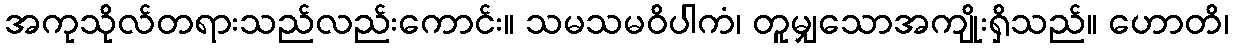
အကုသိုလ်တရားသည်လည်းကောင်း။ သမသမဝိပါကံ၊ တူမျှသောအကျိုးရှိသည်။ ဟောတိ၊